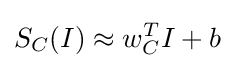
S_{C}(I)\approx w_{C}^{T}I+b